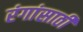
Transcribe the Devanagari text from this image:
रंगांसाठी